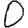
Digit: 0